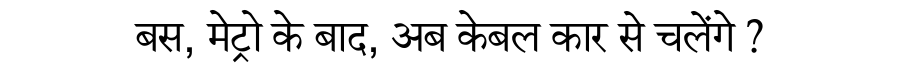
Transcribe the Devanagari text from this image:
बस, मेट्रो के बाद, अब केबल कार से चलेंगे ?